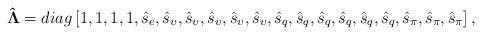
LaTeX: \begin{align*}{\bf{\hat \Lambda }} = diag\left[ {1,1,1,1,{{\hat s}_e},{{\hat s}_\upsilon },{{\hat s}_\upsilon },{{\hat s}_\upsilon },{{\hat s}_\upsilon },{{\hat s}_\upsilon },{{\hat s}_q},{{\hat s}_q},{{\hat s}_q},{{\hat s}_q},{{\hat s}_q},{{\hat s}_q},{{\hat s}_\pi },{{\hat s}_\pi },{{\hat s}_\pi }} \right],\end{align*}